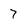
Character: 7